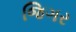
જિગર